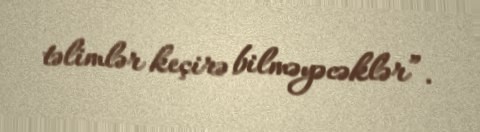
təlimlər keçirə bilməyəcəklər”.